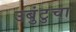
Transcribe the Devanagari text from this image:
उबुंटुचा